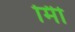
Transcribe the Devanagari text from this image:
मिी